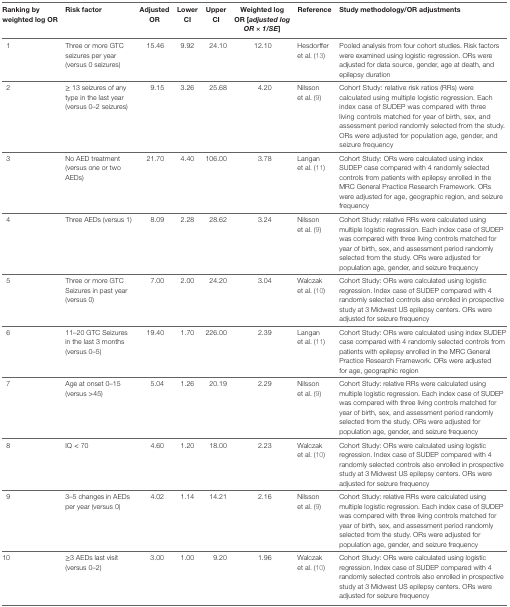
<table><thead><tr><td><b>Ranking by weighted log OR</b></td><td><b>Risk factor</b></td><td><b>Adjusted OR</b></td><td><b>Lower CI</b></td><td><b>Upper CI</b></td><td><b>Weighted log OR [<i>adjusted log OR × 1/SE</i>]</b></td><td><b>Reference</b></td><td><b>Study methodology/OR adjustments</b></td></tr></thead><tbody><tr><td>1</td><td>Three or more GTC seizures per year (versus 0 seizures)</td><td>15.46</td><td>9.92</td><td>24.10</td><td>12.10</td><td>Hesdorffer et al. (13)</td><td>Pooled analysis from four cohort studies. Risk factors were examined using logistic regression. ORs were adjusted for data source, gender, age at death, and epilepsy duration</td></tr><tr><td>2</td><td>≥ 13 seizures of any type in the last year (versus 0–2 seizures)</td><td>9.15</td><td>3.26</td><td>25.68</td><td>4.20</td><td>Nilsson et al. (9)</td><td>Cohort Study: relative risk ratios (RRs) were calculated using multiple logistic regression. Each index case of SUDEP was compared with three living controls matched for year of birth, sex, and assessment period randomly selected from the study. ORs were adjusted for population age, gender, and seizure frequency</td></tr><tr><td>3</td><td>No AED treatment (versus one or two AEDs)</td><td>21.70</td><td>4.40</td><td>106.00</td><td>3.78</td><td>Langan et al. (11)</td><td>Cohort Study: ORs were calculated using index SUDEP case compared with 4 randomly selected controls from patients with epilepsy enrolled in the MRC General Practice Research Framework. ORs were adjusted for age, geographic region, and seizure frequency</td></tr><tr><td>4</td><td>Three AEDs (versus 1)</td><td>8.09</td><td>2.28</td><td>28.62</td><td>3.24</td><td>Nilsson et al. (9)</td><td>Cohort Study: relative RRs were calculated using multiple logistic regression. Each index case of SUDEP was compared with three living controls matched for year of birth, sex, and assessment period randomly selected from the study. ORs were adjusted for population age, gender, and seizure frequency</td></tr><tr><td>5</td><td>Three or more GTC Seizures in past year (versus 0)</td><td>7.00</td><td>2.00</td><td>24.20</td><td>3.04</td><td>Walczak et al. (10)</td><td>Cohort Study: ORs were calculated using logistic regression. Index case of SUDEP compared with 4 randomly selected controls also enrolled in prospective study at 3 Midwest US epilepsy centers. ORs were adjusted for seizure frequency</td></tr><tr><td>6</td><td>11–20 GTC Seizures in the last 3 months (versus 0–5)</td><td>19.40</td><td>1.70</td><td>226.00</td><td>2.39</td><td>Langan et al. (11)</td><td>Cohort Study: ORs were calculated using index SUDEP case compared with 4 randomly selected controls from patients with epilepsy enrolled in the MRC General Practice Research Framework. ORs were adjusted for age, geographic region</td></tr><tr><td>7</td><td>Age at onset 0–15 (versus &gt;45)</td><td>5.04</td><td>1.26</td><td>20.19</td><td>2.29</td><td>Nilsson et al. (9)</td><td>Cohort Study: relative RRs were calculated using multiple logistic regression. Each index case of SUDEP was compared with three living controls matched for year of birth, sex, and assessment period randomly selected from the study. ORs were adjusted for population age, gender, and seizure frequency</td></tr><tr><td>8</td><td>IQ &lt; 70</td><td>4.60</td><td>1.20</td><td>18.00</td><td>2.23</td><td>Walczak et al. (10)</td><td>Cohort Study: ORs were calculated using logistic regression. Index case of SUDEP compared with 4 randomly selected controls also enrolled in prospective study at 3 Midwest US epilepsy centers. ORs were adjusted for seizure frequency</td></tr><tr><td>9</td><td>3–5 changes in AEDs per year (versus 0)</td><td>4.02</td><td>1.14</td><td>14.21</td><td>2.16</td><td>Nilsson et al. (9)</td><td>Cohort Study: relative RRs were calculated using multiple logistic regression. Each index case of SUDEP was compared with three living controls matched for year of birth, sex, and assessment period randomly selected from the study. ORs were adjusted for population age, gender, and seizure frequency</td></tr><tr><td>10</td><td>≥3 AEDs last visit (versus 0–2)</td><td>3.00</td><td>1.00</td><td>9.20</td><td>1.96</td><td>Walczak et al. (10)</td><td>Cohort Study: ORs were calculated using logistic regression. Index case of SUDEP compared with 4 randomly selected controls also enrolled in prospective study at 3 Midwest US epilepsy centers. ORs were adjusted for seizure frequency</td></tr></tbody></table>